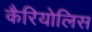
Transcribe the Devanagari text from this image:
कैरियोलिस